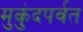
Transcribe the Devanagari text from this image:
मुकुंदपर्वत